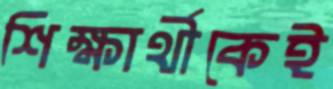
শিক্ষার্থীকেই